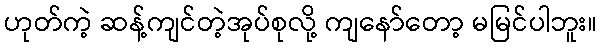
ဟုတ်ကဲ့ ဆန့်ကျင်တဲ့အုပ်စုလို့ ကျနော်တော့ မမြင်ပါဘူး။